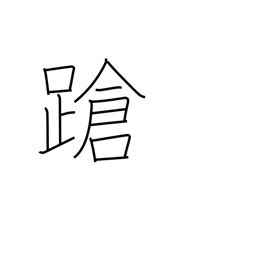
Meaning: stagger